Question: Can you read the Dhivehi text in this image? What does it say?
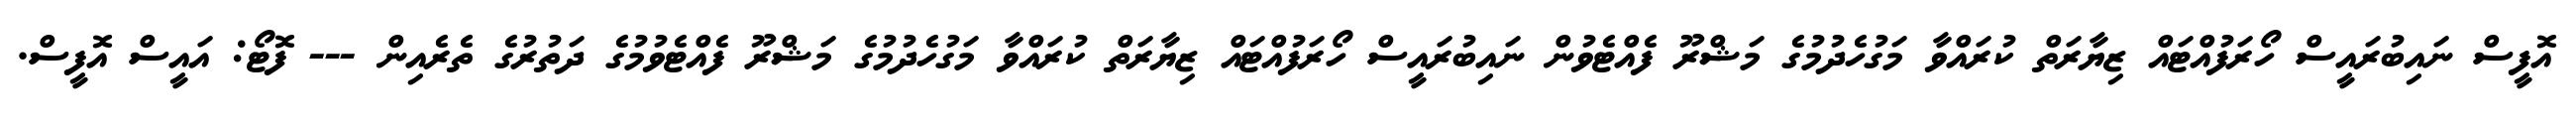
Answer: އޮފީސް ނައިބުރައީސް ހޯރަފުއްޓައް ޒިޔާރަތް ކުރައްވާ މަގުހެދުމުގެ މަޝްރޫ ފެއްޓެވުން ނައިބުރައީސް ހޯރަފުއްޓައް ޒިޔާރަތް ކުރައްވާ މަގުހެދުމުގެ މަޝްރޫ ފެއްޓެވުމުގެ ދަތުރުގެ ތެރެއިން --- ފޮޓޯ: އައީސް އޮފީސް.